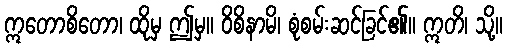
ဣတောစိတော၊ ထိုမှ ဤမှ။ ဝိစိနာမိ၊ စုံစမ်းဆင်ခြင်၏။ ဣတိ၊ သို့။